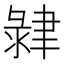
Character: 𦘞